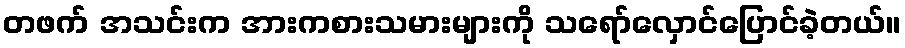
တဖက် အသင်းက အားကစားသမားများကို သရော်လှောင်ပြောင်ခဲ့တယ်။